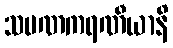
သမဏကရဏီယာနိ